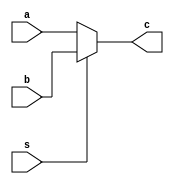
module mux(a,b,s,c);

  input [31:0] a,b;
  input s;
  output [31:0] c;
  
  assign c=(~s)?a:b;

endmodule


module mux_3_by_1(a,b,c,s,d);

input [31:0] a,b,c;
input [1:0] s;
output [31:0] d;

assign d=(s==2'b00)?a:(s==2'b01)?b:(2'b10)?c:32'h00000000;

endmodule